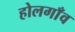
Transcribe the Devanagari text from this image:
होलगाँव